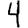
Digit: 4